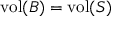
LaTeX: \mathrm { v o l } ( B ) = \mathrm { v o l } ( S )